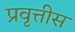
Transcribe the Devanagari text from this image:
प्रवृत्तीस